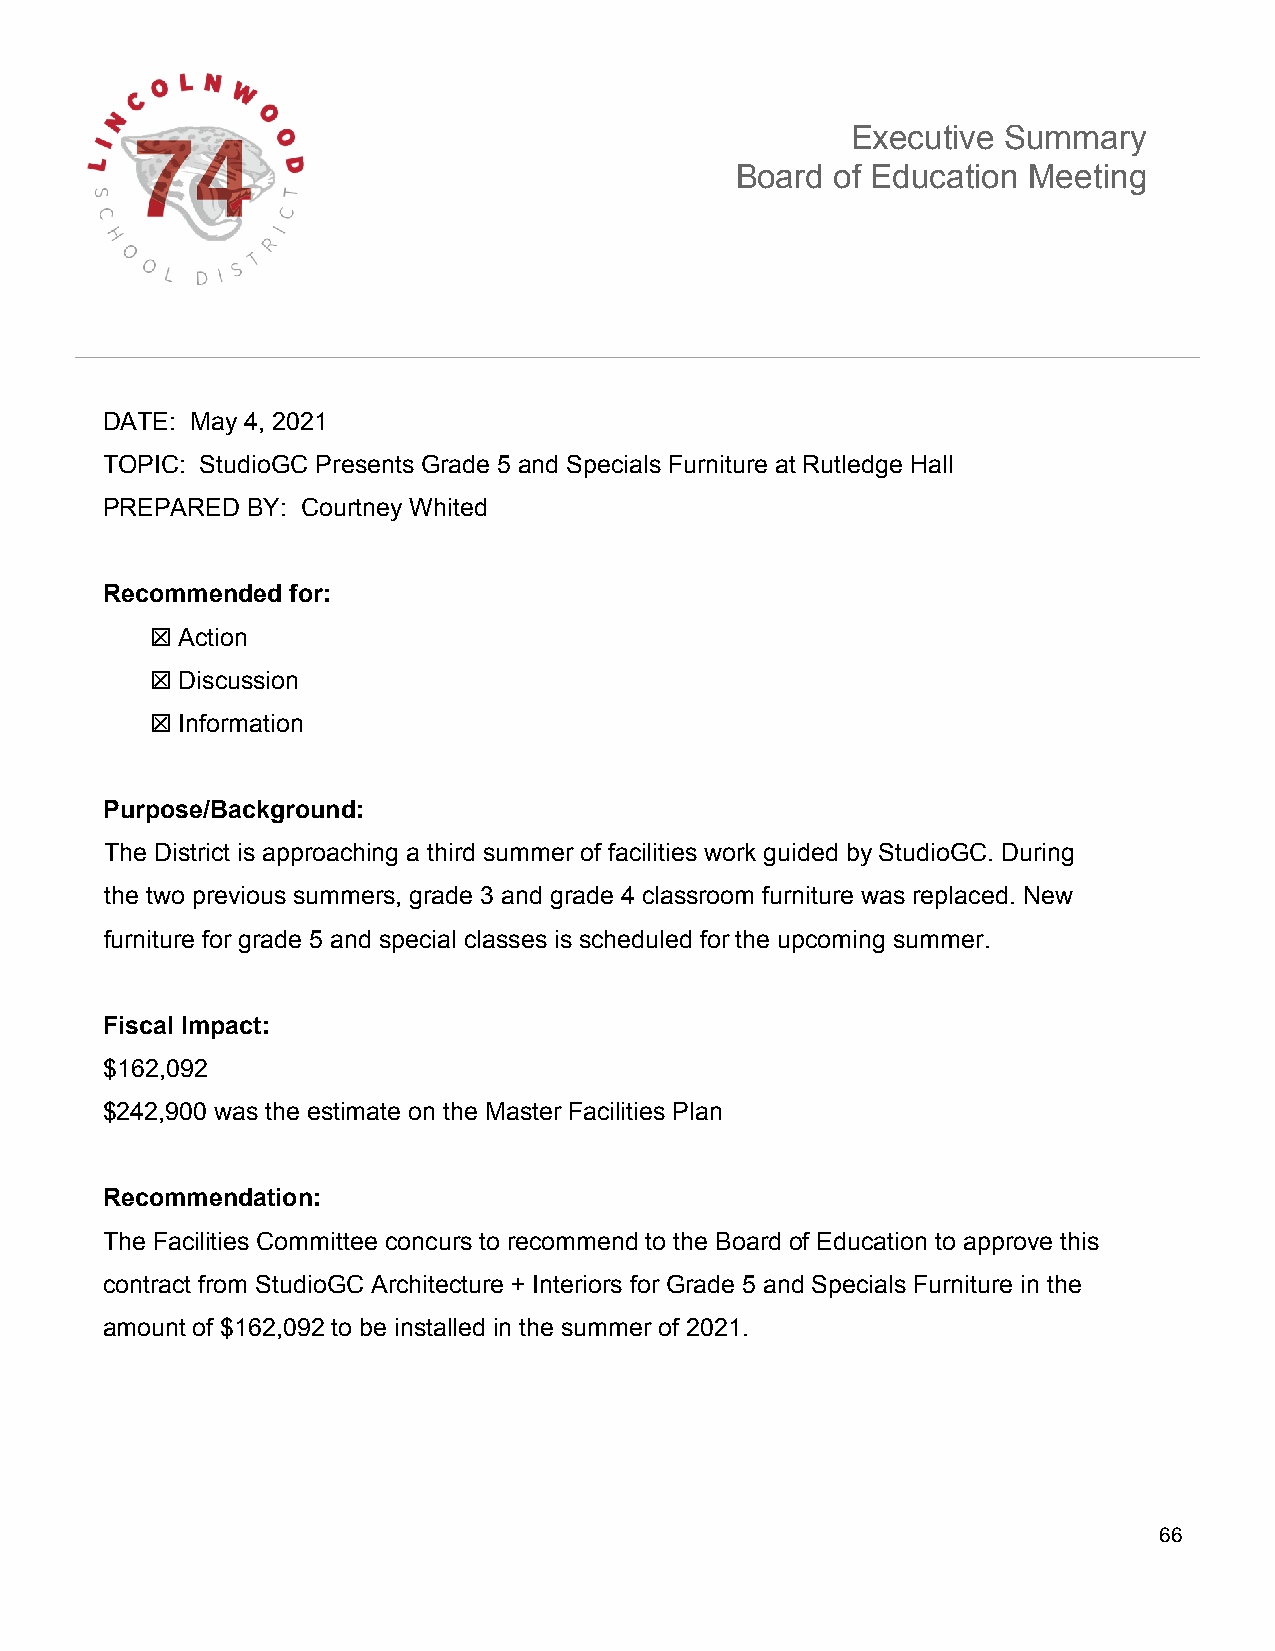
Executive  Summary
 Board of Education Meeting
 DATE: May 4, 2021
 TOPIC: StudioGC Presents Grade 5 and Specials Furniture at Rutledge Hall
 PREPARED BY: Courtney Whited
 Recommended for:
 ☒ Action
 ☒ Discussion
 ☒ Information
 Purpose/Background:
 The District is approaching a third summer of facilities work guided by StudioGC. During
 the two previous summers, grade 3 and grade 4 classroom furniture was replaced. New
 furniture for grade 5 and special classes is scheduled for the upcoming summer.
 Fiscal Impact:
 $162,092
 $242,900 was the estimate on the Master Facilities Plan
 Recommendation:
 The Facilities Committee concurs to recommend to the Board of Education to approve this
 contract from StudioGC Architecture + Interiors for Grade 5 and Specials Furniture in the
 amount of $162,092 to be installed in the summer of 2021.
 66